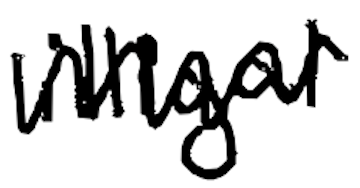
Text: illegal
Cross-out: zig-zag
Writing tool: digital_black